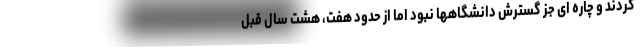
کردند و چاره ای جز گسترش دانشگاهها نبود اما از حدود هفت، هشت سال قبل